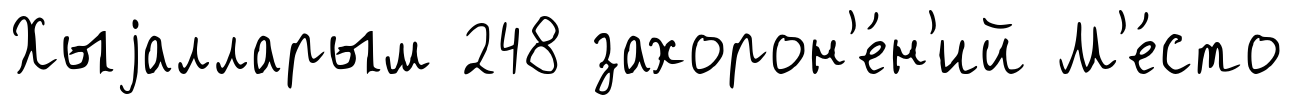
Хыjалларым 248 захорон'е́н'ий М'е́сто